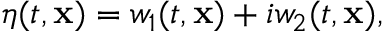
\eta ( t , \mathbf { x } ) = w _ { 1 } ( t , \mathbf { x } ) + i w _ { 2 } ( t , \mathbf { x } ) ,